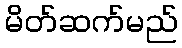
မိတ်ဆက်မည်